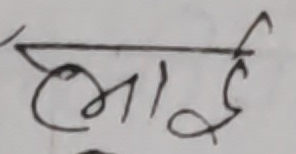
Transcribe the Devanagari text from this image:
भाई